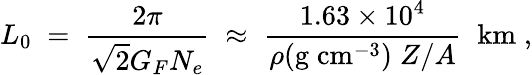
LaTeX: L_{0}\; =\; \frac{2\pi}{\sqrt{2}G_{F}N_{e}}\; \approx\; \frac{1.63\times 10^{4}}{\rho(\mathrm{g\; cm}^{-3})\; Z/A}\; \; \mathrm{km}\; ,